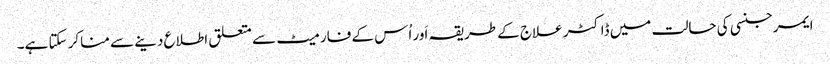
ایمرجنسی کی حالت میں ڈاکٹر علاج کے طریقہ اَور اُس کے فارمیٹ سے متعلق اطلاع دینے سے مناکر سکتا ہے۔